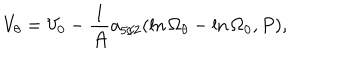
LaTeX: V _ { \theta } = V _ { 0 } - { \frac { 1 } { \cal A } } a _ { 5 / 2 } ( \ln \Omega _ { \theta } - \ln \Omega _ { 0 } , P ) ,